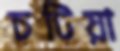
চটিয়া